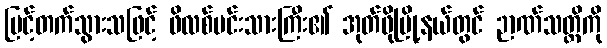
မြင့်တက်သွားသဖြင့် ဖိလစ်မင်းသားကြီး၏ အုတ်ဖိုမြို့နယ်တွင် ဉာဏ်သတ္တိကို